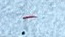
-